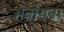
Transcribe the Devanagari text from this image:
अंबोयना